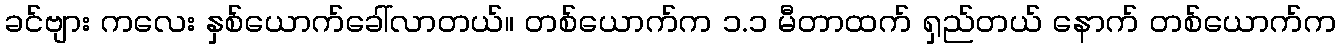
ခင်ဗျား ကလေး နှစ်ယောက်ခေါ်လာတယ်။ တစ်ယောက်က ၁.၁ မီတာထက် ရှည်တယ် နောက် တစ်ယောက်က